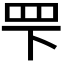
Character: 𬙖